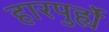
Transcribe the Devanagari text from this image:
हारपुर्ह्ये